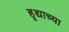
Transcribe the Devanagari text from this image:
हृद्याच्या